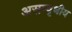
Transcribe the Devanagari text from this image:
असम्वृधीय